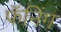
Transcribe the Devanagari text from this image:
फॅनिंग